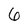
Character: 6